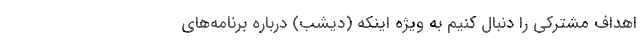
اهداف مشترکی را دنبال ‌کنیم به ویژه اینکه (دیشب) درباره برنامه‌های